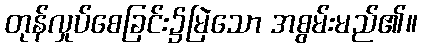
တုန်လှုပ်စေခြင်း၌မြဲသော အစွမ်းမည်၏။